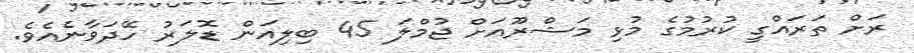
ރަށް ތަރައްގީ ކުރުމުގެ މުޅި މަޝްރޫއަށް ޖުމްލަ 45 ބިލިއަން ޑޮލަރު ހޭދަވާނެއެވެ.